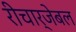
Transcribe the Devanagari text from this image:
रीचार्जेबल